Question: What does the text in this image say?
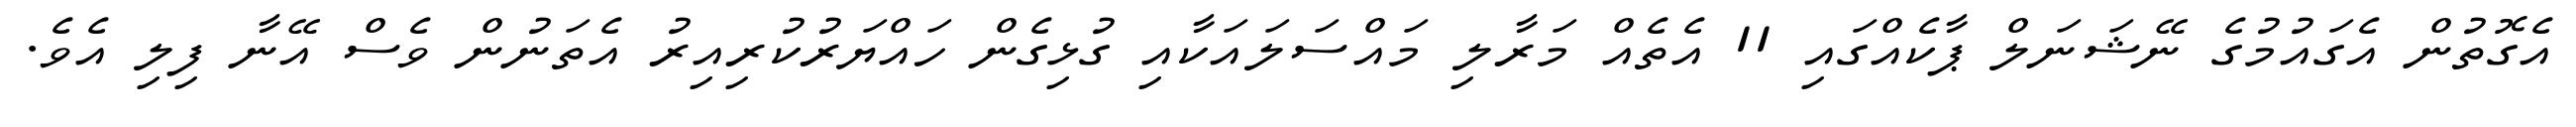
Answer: އެގޮތުން އެގައުމުގެ ނޭޝަނަލް ޕާކެއްގައި 11 އެތެއް މަރާލި މައްސަލައަކާއި ގުޅިގެން ހައްޔަރުކުރިއިރު އެތަނުން ވެސް އޭނާ ފިލި އެވެ.